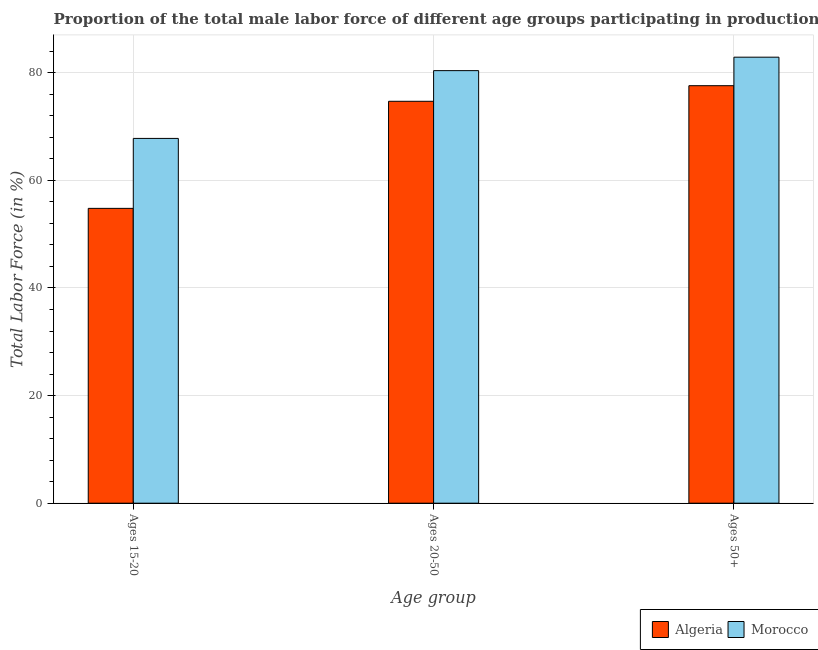
| Age group | Algeria | Morocco |
 | --- | --- | --- |
 | Ages 15-20 | 54.8 | 67.8 |
 | Ages 20-50 | 74.7 | 80.4 |
 | Ages 50+ | 77.6 | 82.9 |